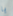
يا